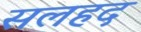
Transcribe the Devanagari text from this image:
सलहद